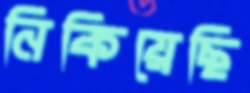
নিকিয়েছি